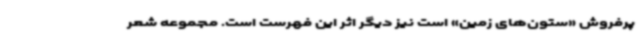
پرفروش «ستون‌های زمین» است نیز دیگر اثر این فهرست است. مجموعه شعر